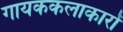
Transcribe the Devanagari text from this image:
गायककलाकारों